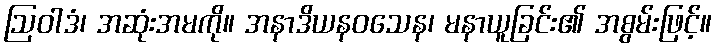
ဩဝါဒံ၊ အဆုံးအမကို။ အနာဒိယနဝသေန၊ မနာယူခြင်း၏ အစွမ်းဖြင့်။